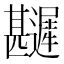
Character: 𲆎